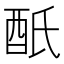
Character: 𨟾